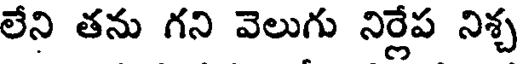
లేని తను గని వెలుగు నిర్లేప నిశ్చ